Leningradi_Edasi_toimetus, lk 75
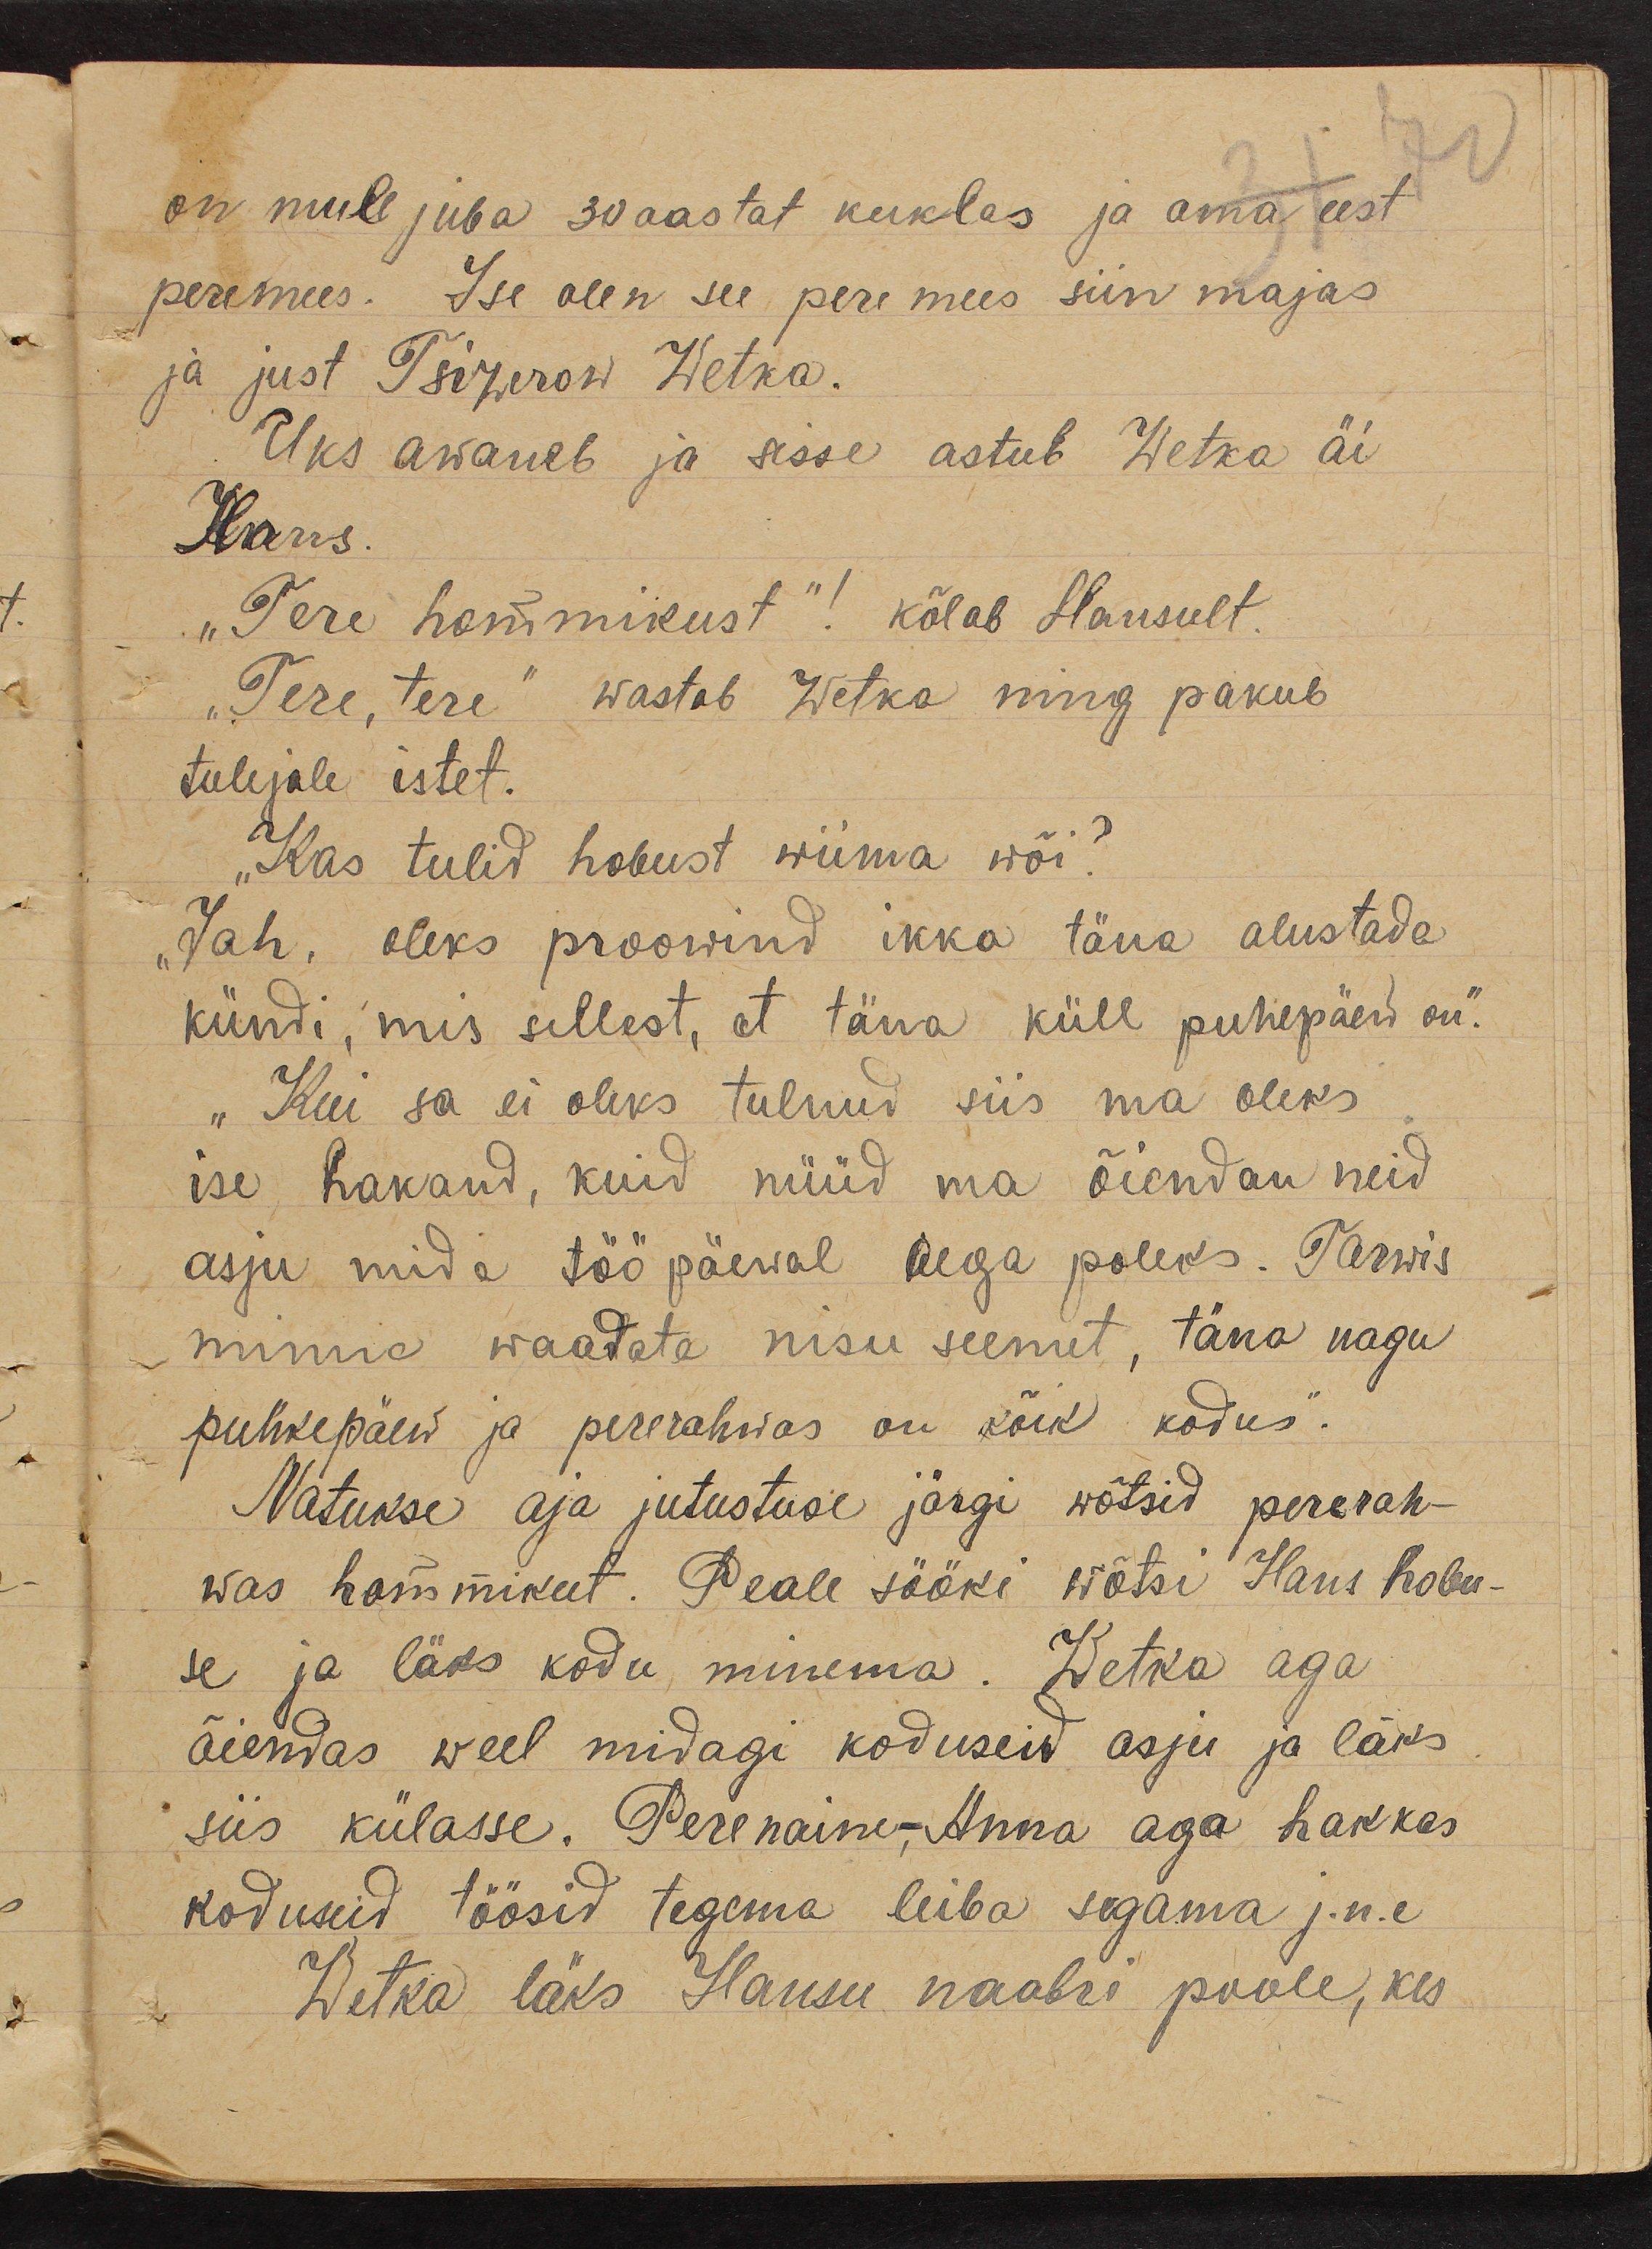
on mull juba 30 aastat kuklas ja oma eest
peremees. Ise olen see pere mees siin majas
ja just Tsizerow Wetka.
Uks awaneb ja sisse astub Wetka äi
Hans.
"Tere hommikust"! kõlab Hansult.
"Tere, tere" wastab Wetka ning pakub
tulejale istet.
"Kas tulid hobust wiima wõi?
"Jah, oleks proowind ikka täna alustada
kündi, mis sellest, et täna küll puhepäew on".
"Kui sa ei oleks tulnud siis ma oleks
ise hakand, kuid nüüd ma õiendan neid
asju mida töö päewal aega poleks. Tarwis
minna waadata nisu seemet, täna nagu
puhkepäew ja pererahwas on kõik kodus".
Natukse aja jutustuse järgi wõtsid pererah-
was hommikut. Peale sööki wõtsi Hans hobu-
se ja läks kodu minema. Wetka aga
õiendas weel midagi koduseid asju ja läks
siis külasse. Perenaine-Anna aga hakkas
koduseid töösid tegema leiba segama j.n.e
Wetka läks Hansu naabri poole, kes